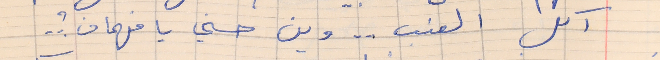
اكل العنب  . . وين حسني فهمان ؟ . .